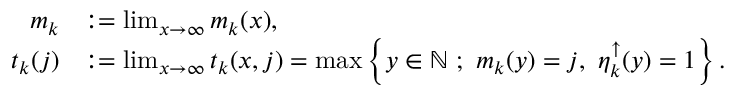
\begin{array} { r l } { m _ { k } } & { : = \operatorname* { l i m } _ { x \to \infty } m _ { k } ( x ) , } \\ { t _ { k } ( j ) } & { : = \operatorname* { l i m } _ { x \to \infty } t _ { k } ( x , j ) = \operatorname* { m a x } \left\{ y \in { \mathbb { N } } \ ; \ m _ { k } ( y ) = j , \ \eta _ { k } ^ { \uparrow } ( y ) = 1 \right\} . } \end{array}